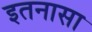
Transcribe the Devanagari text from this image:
इतनासा